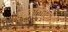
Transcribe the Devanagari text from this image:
व्यक्तिचित्रांचे